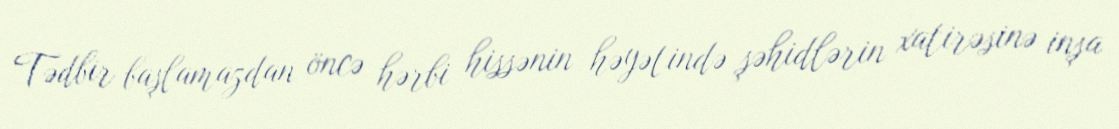
Tədbir başlamazdan öncə hərbi hissənin həyətində şəhidlərin xatirəsinə inşa